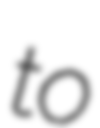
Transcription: to